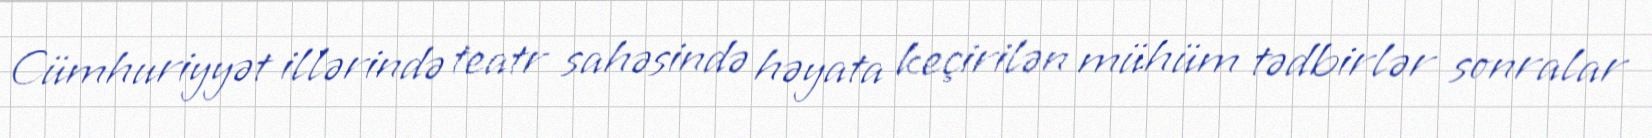
Cümhuriyyət illərində teatr sahəsində həyata keçirilən mühüm tədbirlər sonralar